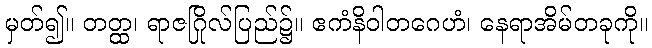
မှတ်၍။ တတ္ထ၊ ရာဇဂြိုလ်ပြည်၌။ ဧကံနိဝါတဂေဟံ၊ နေရာအိမ်တခုကို။